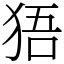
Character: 㹳